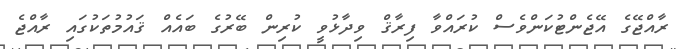
ރާއްޖޭގެ އޭޖެންޓުކަންވެސް ކުރައްވާ ފިރާޤް ވިދާޅުވީ ކުރިން ބޭރުގެ ބައެއް ޤައުމުތަކުގައި ރާއްޖެ